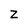
Character: Z